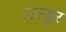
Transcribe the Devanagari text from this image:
बाल्डुर